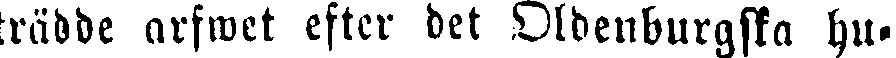
trädde arfwet efter det Oldenburgska hu-